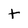
Character: t